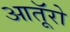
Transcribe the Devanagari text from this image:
आतूॅरो